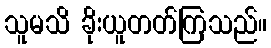
သူမသိ ခိုးယူတတ်ကြသည်။